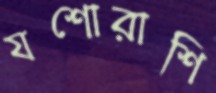
যশোরাশি